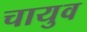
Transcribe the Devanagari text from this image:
चायुव